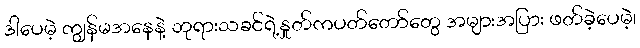
ဒါပေမဲ့ ကျွန်မအနေနဲ့ ဘုရားသခင်ရဲ့နှုတ်ကပတ်တော်တွေ အများအပြား ဖတ်ခဲ့ပေမဲ့၊